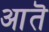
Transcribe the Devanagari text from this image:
आतॆ